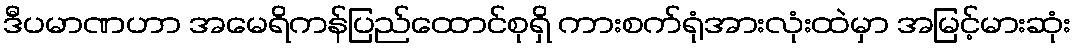
ဒီပမာဏဟာ အမေရိကန်ပြည်ထောင်စုရှိ ကားစက်ရုံအားလုံးထဲမှာ အမြင့်မားဆုံး